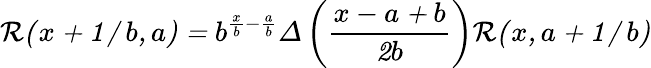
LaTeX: \cal R(x+1/b,a)=b^{\frac xb-\frac ab}\Delta\left(\frac{x-a+b}{2b}\right)\cal R(x,a+1/b)